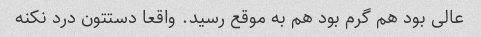
عالی بود هم گرم بود هم به موقع رسید. واقعا دستتون درد نکنه